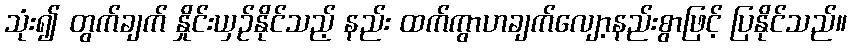
သုံး၍ တွက်ချက် နှိုင်းယှဉ်နိုင်သည့် နည်း ထက်ကွာဟချက်လျော့နည်းစွာဖြင့် ပြနိုင်သည်။